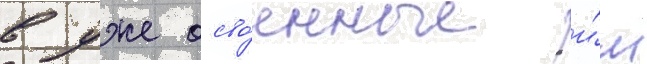
в уже осво́енные и́м